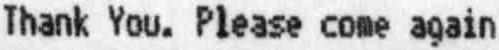
THANK YOU. PLEASE COME AGAIN